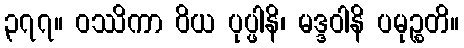
၃၇၇။ ဝဿိကာ ဝိယ ပုပ္ဖါနိ၊ မဒ္ဒဝါနိ ပမုဉ္စတိ။